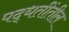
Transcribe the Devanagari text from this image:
पद्धतींतील